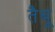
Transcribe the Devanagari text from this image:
तैबू